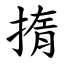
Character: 㨊